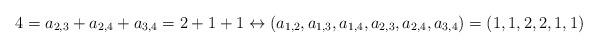
LaTeX: \begin{align*} 4 = a_{2,3}+ a_{2,4}+ a_{3,4} = 2 + 1 + 1 \leftrightarrow (a_{1,2}, a_{1,3}, a_{1,4}, a_{2,3}, a_{2,4}, a_{3,4}) = (1,1,2,2,1,1) \end{align*}